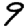
Digit: 9